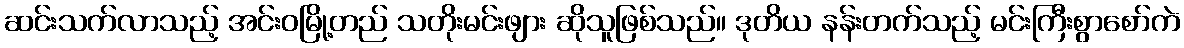
ဆင်းသက်လာသည့် အင်းဝမြို့တည် သတိုးမင်းဖျား ဆိုသူဖြစ်သည်။ ဒုတိယ နန်းတက်သည့် မင်းကြီးစွာစော်ကဲ